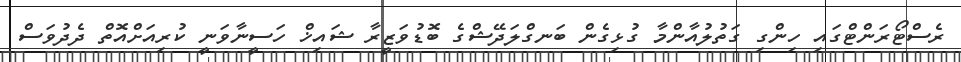
ރެސްޓޯރަންޓްގައި ހިންގި ގަތުލުއާންމާ ގުޅިގެން ބަނގްލަދޭޝްގެ ބޮޑުވަޒީރާ ޝައިޚް ހަސީނާވަނީ ކުރިއަށްއޮތް ދެދުވަސް